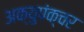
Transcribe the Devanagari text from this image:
अक्युपंक्चर